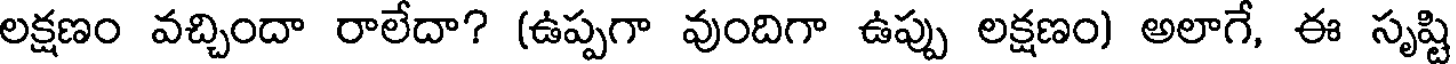
లక్షణం వచ్చిందా రాలేదా? (ఉప్పగా వుందిగా ఉప్పు లక్షణం) అలాగే, ఈ సృష్టి